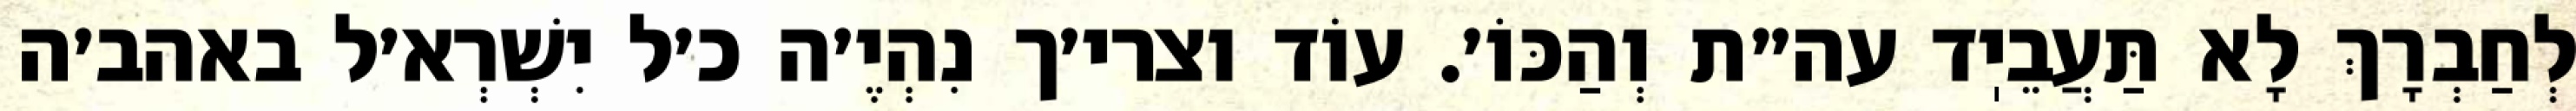
לְחַבְרָךְ לָא תַּעֲבֵיֽד עה״ת וְהַכּוֹ׳. עוֹד וצרי׳ך נִהְיֶ׳ה כ׳ל יִשְׁרְא׳ל באהב׳ה